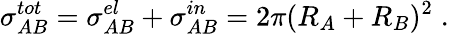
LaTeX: \sigma_{AB}^{tot}=\sigma_{AB}^{el}+\sigma_{AB}^{in}=2\pi(R_{A}+R_{B})^{2}\; .